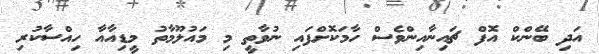
އަދި ބޭންކް އޮފް ޗައިނާއިންވެސް ހާމަކޮށްފައި ނުވާތީ މި މައުލޫމާތު މީޑިއާއާ ހިއްސާކުރި